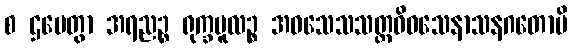
စ ဌပေတွာ အရညဉ္စ ရုက္ခမူလဉ္စ အဝသေသသတ္တဝိဓသေနာသနဂတောပိ